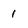
Character: 1